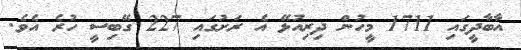
އާބާދީގައި 1711 މީހުން ދިރިއުޅޭ އެ ރަށުގައި 227 ގޭބިސީ ހުރެ އެވެ.